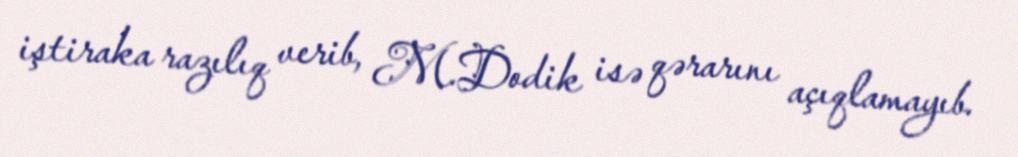
iştiraka razılıq verib, M.Dodik isə qərarını açıqlamayıb.